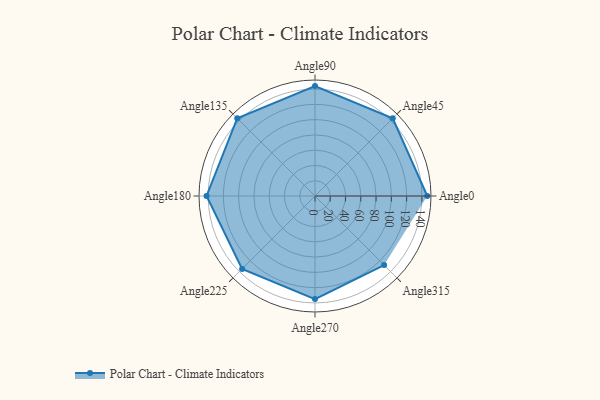
{"axis": {"x": "Angle", "y": "Radius"}, "legend": [""], "data": [{"x": "Angle0", "y": 147.0, "type": ""}, {"x": "Angle45", "y": 144.0, "type": ""}, {"x": "Angle90", "y": 144.0, "type": ""}, {"x": "Angle135", "y": 144.0, "type": ""}, {"x": "Angle180", "y": 142.0, "type": ""}, {"x": "Angle225", "y": 135.0, "type": ""}, {"x": "Angle270", "y": 135.0, "type": ""}, {"x": "Angle315", "y": 128.0, "type": ""}]}